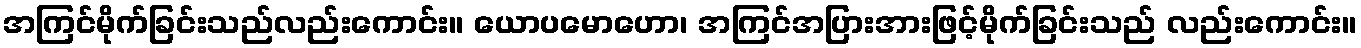
အကြင်မိုက်ခြင်းသည်လည်းကောင်း။ ယောပမောဟော၊ အကြင်အပြားအားဖြင့်မိုက်ခြင်းသည် လည်းကောင်း။